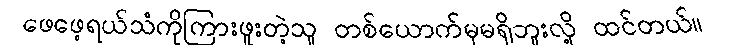
ဖေဖေ့ရယ်သံကိုကြားဖူးတဲ့သူ တစ်ယောက်မှမရှိဘူးလို့ ထင်တယ်။